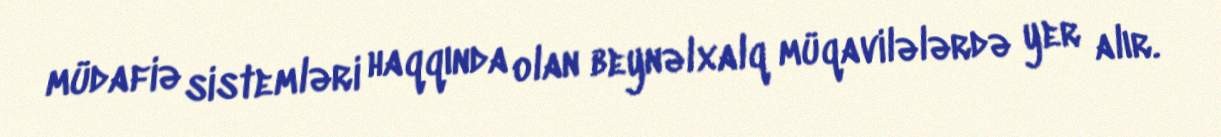
müdafiə sistemləri haqqında olan beynəlxalq müqavilələrdə yer alır.